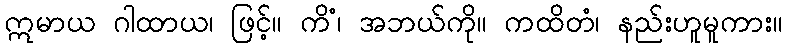
ဣမာယ ဂါထာယ၊ ဖြင့်။ ကိံ၊ အဘယ်ကို။ ကထိတံ၊ နည်းဟူမူကား။